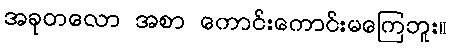
အခုတလော အစာ ကောင်းကောင်းမကြေဘူး။